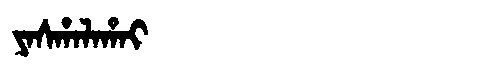
Manchu: ᠶᠠᠰᡥᠠᠯᠠᡥᠠᡳ
Romanization: YASHALAHAI